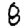
Digit: 8